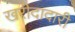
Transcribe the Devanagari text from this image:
खरीदादारी